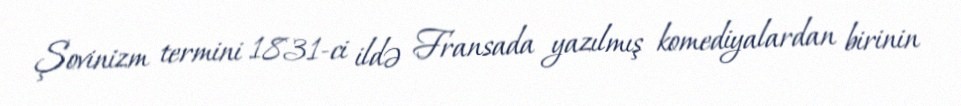
Şovinizm termini 1831-ci ildə Fransada yazılmış komediyalardan birinin